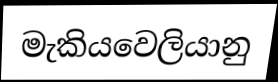
මැකියවෙලියානු